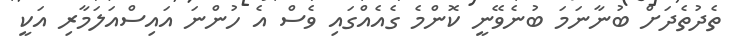
ތެދުތެދަށް ބުނާނަމަ ބުނެވޭނީ ކޮންމެ ގެއެއްގައި ވެސް އެ ހުންނަ އައިސްއަލަމާރި އަކީ